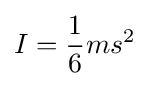
I={\frac {1}{6}}ms^{2}\,\!